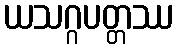
ယသဂ္ဂပတ္တဿ